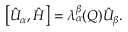
\left[ \hat { U } _ { \alpha } , \hat { H } \right] = \lambda _ { \alpha } ^ { \beta } ( Q ) \hat { U } _ { \beta } .